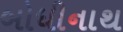
બોધીનાથ